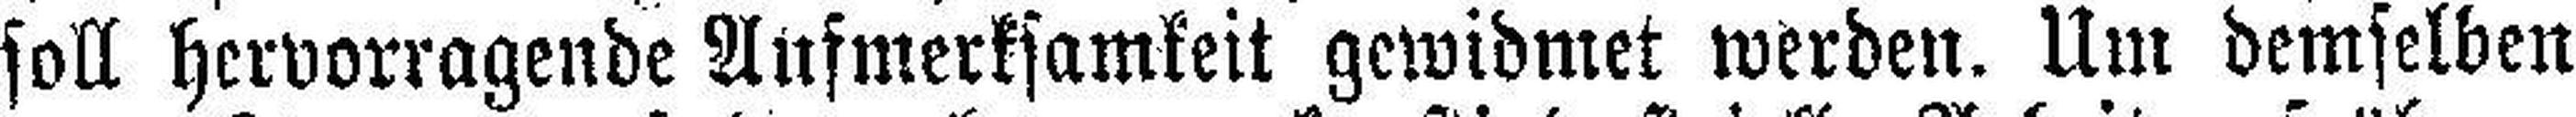
soll hervorragende Aufmerksamkeit gewidmet werden. Um demselben